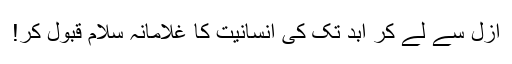
ازل سے لے کر ابد تک کی انسانیت کا غلامانہ سلام قبول کر!